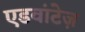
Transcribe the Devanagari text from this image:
एडवांटेज़